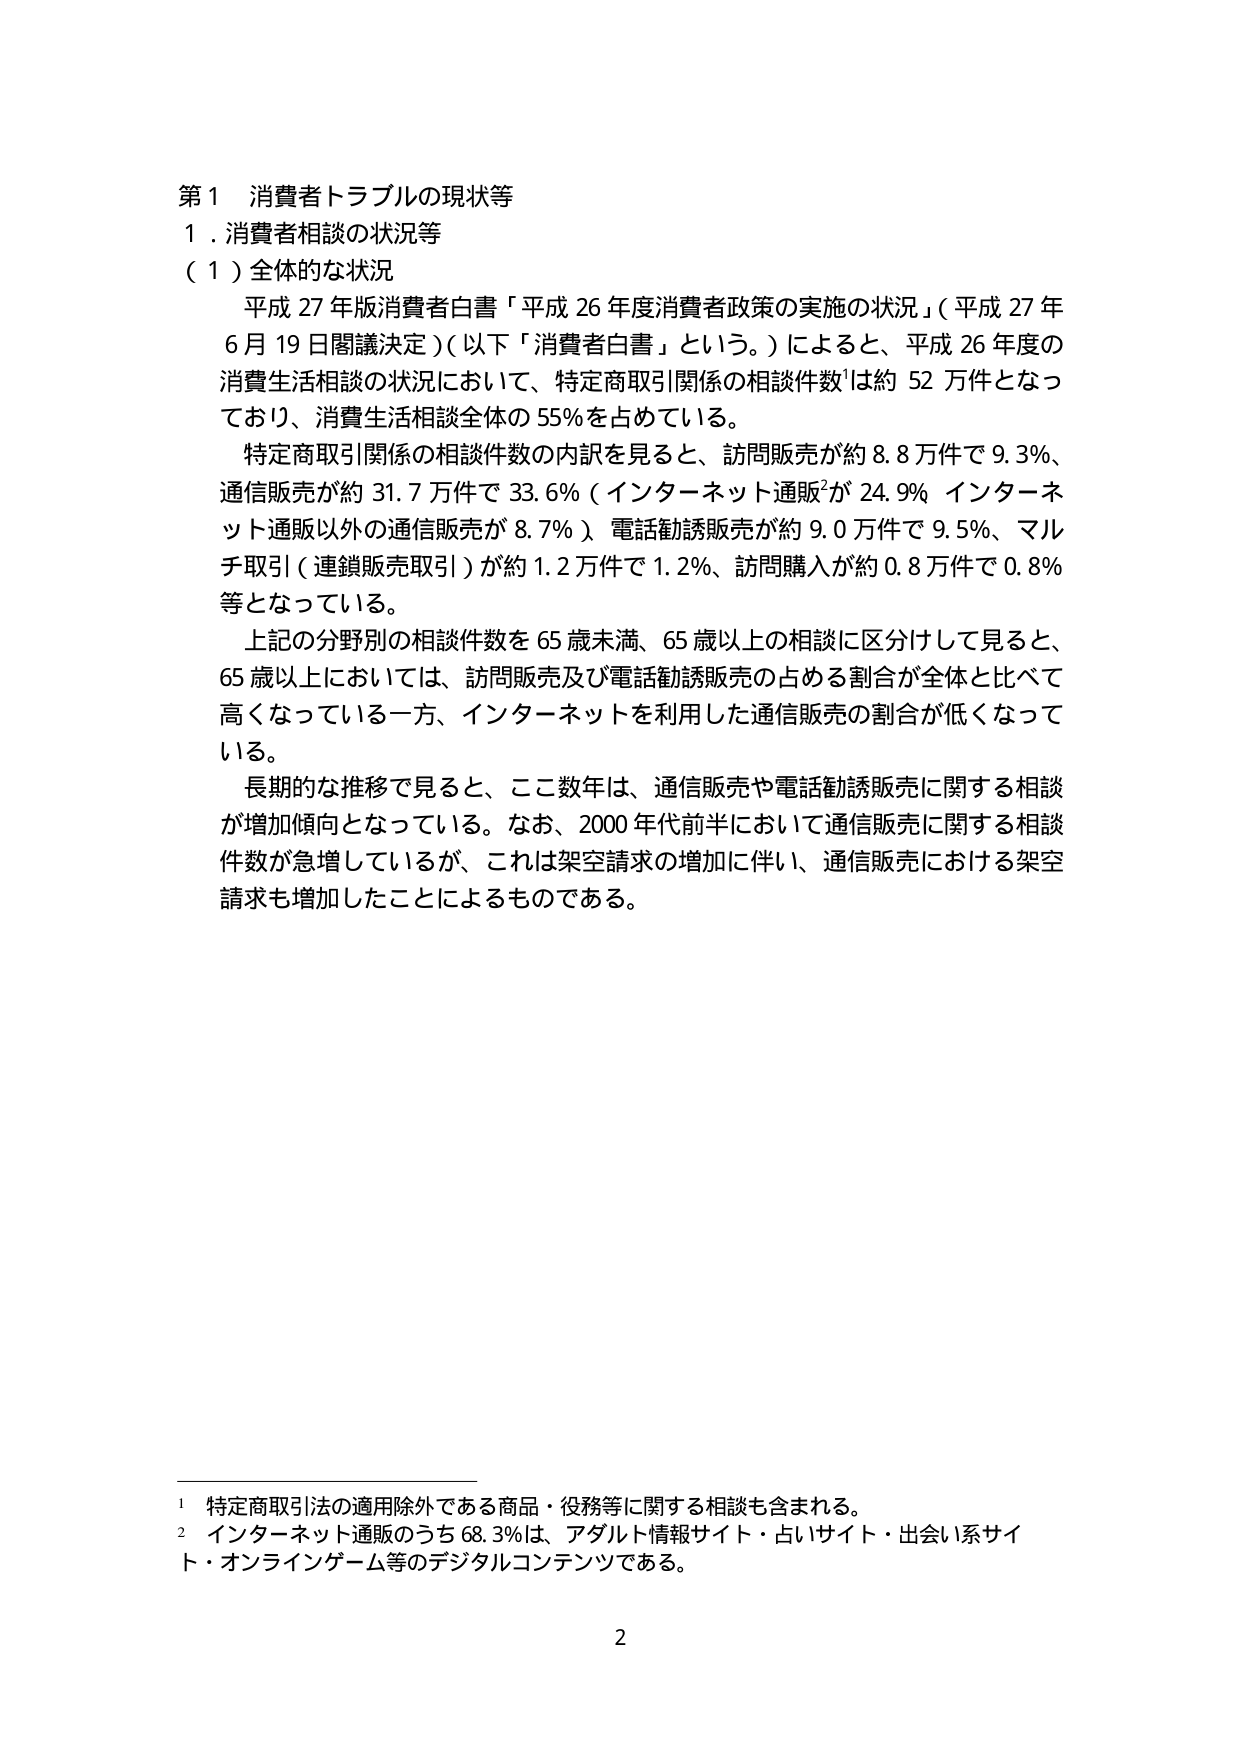
第１ 消費者トラブルの現状等
１．消費者相談の状況等
（１）全体的な状況
　平成27年版消費者白書「平成26年度消費者政策の実施の状況」（平成27年6月19日閣議決定）（以下「消費者白書」という。）によると、平成26年度の消費生活相談の状況において、特定商取引関係の相談件数¹は約52万件となっており、消費生活相談全体の55％を占めている。
　特定商取引関係の相談件数の内訳を見ると、訪問販売が約8.8万件で9.3％、通信販売が約31.7万件で33.6％（インターネット通販²が24.9％、インターネット通販以外の通信販売が8.7％）、電話勧誘販売が約9.0万件で9.5％、マルチ取引（連鎖販売取引）が約1.2万件で1.2％、訪問購入が約0.8万件で0.8％等となっている。
　上記の分野別の相談件数を65歳未満、65歳以上の相談に区分して見ると、65歳以上においては、訪問販売及び電話勧誘販売の占める割合が全体と比べて高くなっている一方、インターネットを利用した通信販売の割合が低くなっている。
　長期的な推移で見ると、ここ数年は、通信販売や電話勧誘販売に関する相談が増加傾向となっている。なお、2000年代前半において通信販売に関する相談件数が急増しているが、これは架空請求の増加に伴い、通信販売における架空請求も増加したことによるものである。

¹ 特定商取引法の適用除外である商品・役務等に関する相談も含まれる。
² インターネット通販のうち68.3％は、アダルト情報サイト・占いサイト・出会い系サイト・オンラインゲーム等のデジタルコンテンツである。

2